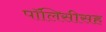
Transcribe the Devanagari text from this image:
पॉलिसीसह